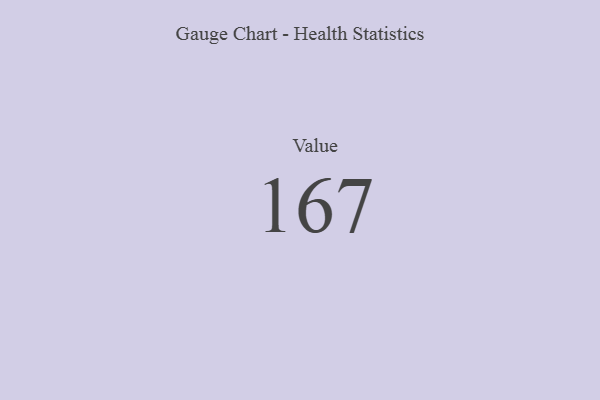
{"axis": {"x": "Metric", "y": "Value"}, "legend": [""], "data": [{"x": "Value", "y": 167, "type": ""}]}